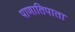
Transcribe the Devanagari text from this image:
पाणातिपाता